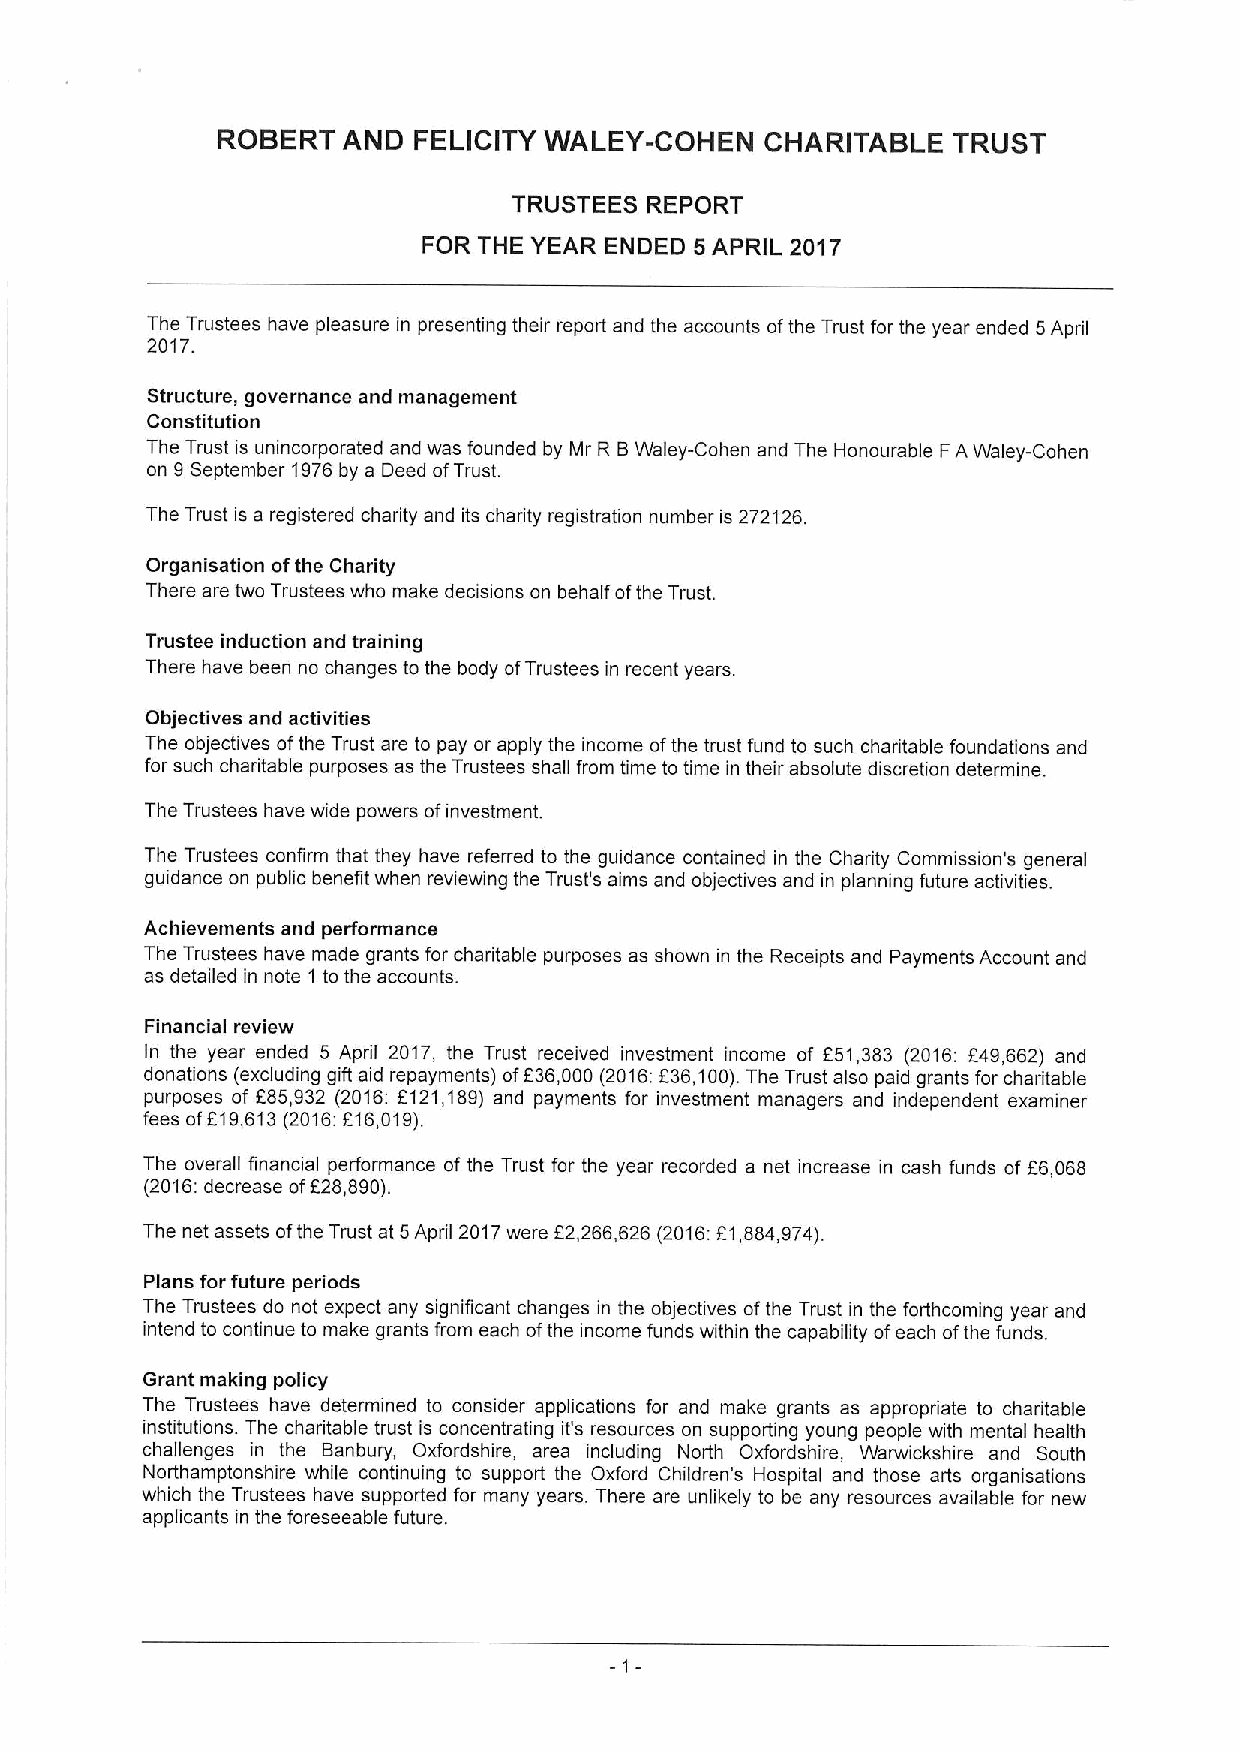
ROBERT   AND FELICITY WALEY-COHEN    CHARITABLE  TRUST
 TRUSTEES REPORT
 FOR THE YEAR ENDED 5APRIL 2017
 The Trustees have pleasure in presenting their report and the accounts ofthe Trust for the year ended 5April
 2017.
 Structure, governance and management
 Constitution
 The Trust is unincorporated and was founded by Mr R BWaley-Cohen and The Honourable FAWaley-Cohen
 on 9September 1976by a Deed ofTrust.
 The Trust is a registered charity and its charity registration number is 272126.
 Organisation ofthe Charity
 There are two Trustees who make decisions on behalf ofthe Trust.
 Trustee induction and training
 There have been no changes to the body ofTrustees in recent years.
 Objectives and activities
 The objectives ofthe Trust are to pay or apply the income ofthe trust fund to such charitable foundations and
 for such charitable purposes as the Trustees shall from time to time in their absolute discretion determine.
 The Trustees have wide powers ofinvestment.
 The Trustees confirm that they have referred to the guidance contained in the Chadity Commission's general
 guidance on public benefit when reviewing the Trust's aims and objectives and in planning future activities.
 Achievements and performance
 The Trustees have made grants for charitable purposes as shown in the Receipts and Payments Account and
 as detailed in note 1 to the accounts.
 Financial review
 In the year ended 5 April 2017, the Trust received investment income of f51,383 (2016: f49,662) and
 donations (excluding gift aid repayments) ofF36,000 (2016:F36,100).The Trust also paid grants for charitable
 purposes of F85,932 (2016:F121,189) and payments for investment managers and independent examiner
 fees of619,613 (2016:F16,019).
 The overall financial performance of the Trust for the year recorded a net increase in cash funds of F6,068
 (2016:decrease ofF28,890).
 The net assets ofthe Trust at 5April 2017were f2,266,626 (2016:f1,884,974).
 Plans for future periods
 The Trustees do not expect any significant changes in the objectives ofthe Trust in the forthcoming year and
 intend to continue to make grants from each ofthe income funds within the capability ofeach ofthe funds.
 Grant making policy
 The Trustees have determined to consider applications for and make grants as appropriate to charitable
 institutions. The charitable trust is concentrating it's resources on supporting young people with mental health
 challenges in the Banbury, Oxfordshire, area including North Oxfordshire, Warwickshire and South
 Northamptonshire while continuing to support the Oxford Children's Hospital and those arts organisations
 which the Trustees have supported for many years. There are unhkely to be any resources available for new
 applicants in the foreseeable future.